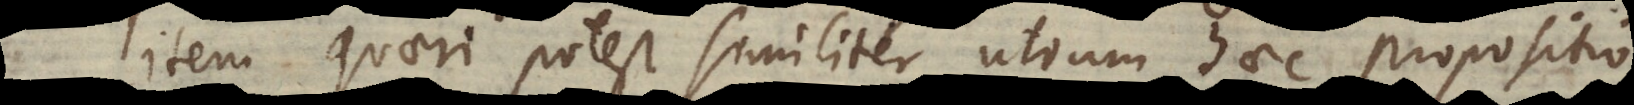
Item quaeri potest similiter, utrum haec propositio